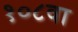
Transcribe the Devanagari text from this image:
१०८वा